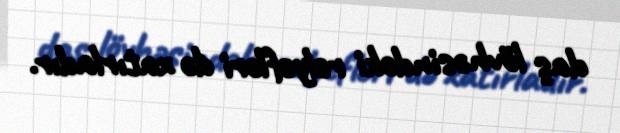
daş lövhəsindəki relyefləri də xatırladır.